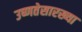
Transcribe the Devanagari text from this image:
उष्णतेसारख्या